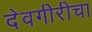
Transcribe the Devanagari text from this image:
देवगीरीचा